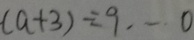
( a + 3 ) \div 9 \cdots 0